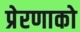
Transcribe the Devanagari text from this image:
प्रेरणाको